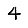
Digit: 4